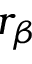
r _ { \beta }